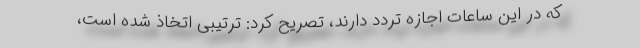
که در این ساعات اجازه تردد دارند، تصریح کرد: ترتیبی اتخاذ شده است،